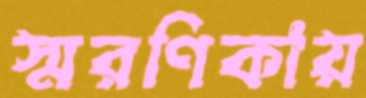
স্মরণিকায়